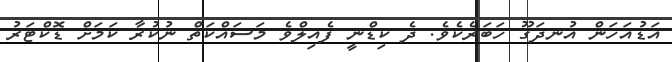
އަޑުއަހަން އުނދަގޫ ހަބަރެކެވެ. ދެ ކިޑްނީ ފެއިލްވެ މަސައްކަތް ނުކުރާ ކަމަށް ޑޮކްޓަރު